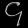
Digit: ၄